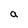
Character: a